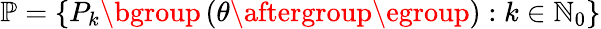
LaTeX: \mathbb{P}=\{ P_{k}\mathopen{}\mathclose\bgroup\left(\theta\aftergroup\egroup\right):k\in\mathbb{N}_{0}\}